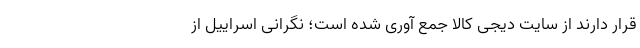
قرار دارند از سایت دیجی کالا جمع آوری شده است؛ نگرانی اسراییل از